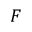
F